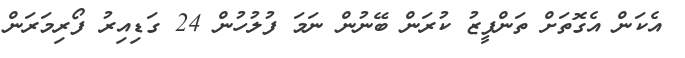
އެކަން އެގޮތަށް ތަންފީޒު ކުރަން ބޭނުން ނަމަ ފުލުހުން 24 ގަޑިއިރު ފޯރިމަރަން